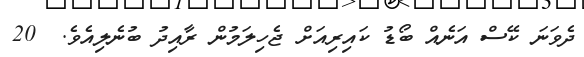
ދެވަނަ ކޭސް އަނެއް ބޯޑު ކައިރިއަށް ޖެހިލަމުން ރާއިދު ބުނެލިއެވެ.  20